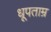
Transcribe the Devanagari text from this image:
धूपताम्र